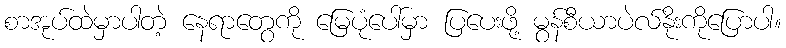
စာအုပ်ထဲမှာပါတဲ့ နေရာတွေကို မြေပုံပေါ်မှာ ပြပေးဖို့ မွန်စီယာပဲလ်နိုးကိုပြောပါ။